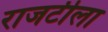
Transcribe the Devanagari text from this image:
राजटीला